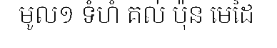
មូល១ ទំហំ គល់ ប៉ុន មេដៃ